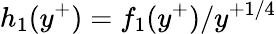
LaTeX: {h}_{1}(y^{+})=f_{1}(y^{+})/y^{+1/4}